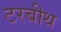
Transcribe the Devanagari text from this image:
टरबीथ